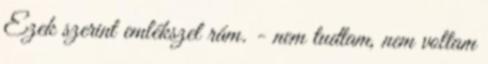
Ezek szerint emlékszel rám. - nem tudtam, nem voltam